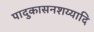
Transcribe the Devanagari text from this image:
पादुकासनशय्यादि